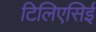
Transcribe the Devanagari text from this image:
टिलिएसिई